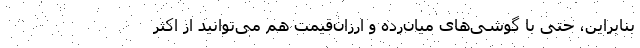
بنابراین، حتی با گوشی‌های میان‌رده و ارزان‌قیمت هم می‌توانید از اکثر